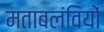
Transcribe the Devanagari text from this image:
मताबलंवियों